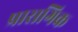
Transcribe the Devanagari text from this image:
प्रासगिक